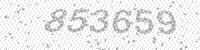
Solution: 853659